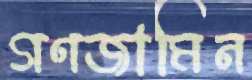
গণজামিন